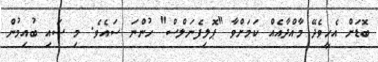
ބޮޑަށް އެހީވެދޭ މާއްދާއެއް ކަމަށްވާ "ޕޮލިފެނަލްސް" ހުންނަ ސައެވެ. މި ސައި ބުއިމުން